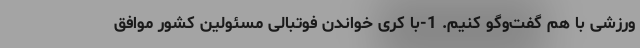
ورزشی با هم گفت‌وگو کنیم. 1-با کری خواندن فوتبالی مسئولین کشور موافق